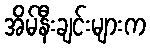
အိမ်နီးချင်းများက